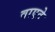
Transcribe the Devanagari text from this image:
वाएटे